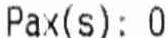
PAX(S): 0